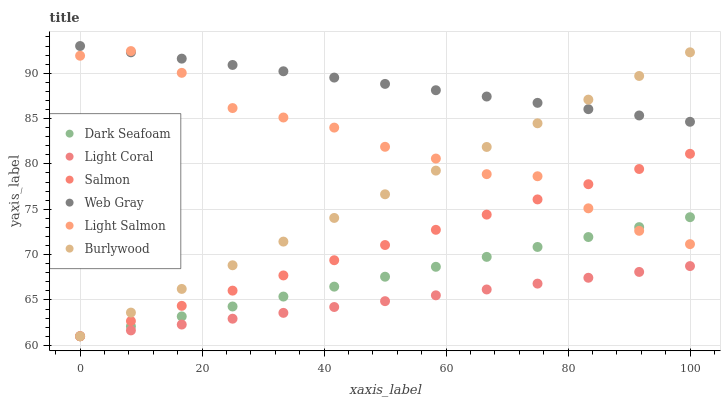
| xaxis_label | Dark Seafoam | Light Coral | Salmon | Web Gray | Light Salmon | Burlywood |
 | --- | --- | --- | --- | --- | --- | --- |
 | 0 | 61 | 61 | 61 | 93 | 91.9 | 61 |
 | 8.33 | 62.1 | 61.6 | 62.7 | 92.3 | 92.4 | 63.6 |
 | 16.7 | 63.2 | 62.3 | 64.4 | 91.6 | 90 | 66.2 |
 | 25 | 64.3 | 62.9 | 66 | 90.9 | 86.2 | 68.8 |
 | 33.3 | 65.4 | 63.6 | 67.7 | 90.2 | 85.1 | 71.4 |
 | 41.7 | 66.5 | 64.2 | 69.4 | 89.5 | 84 | 74 |
 | 50 | 67.6 | 64.9 | 71.1 | 88.8 | 81.9 | 76.7 |
 | 58.3 | 68.7 | 65.5 | 72.7 | 88.1 | 80.6 | 79.3 |
 | 66.7 | 69.8 | 66.2 | 74.4 | 87.4 | 78.9 | 81.9 |
 | 75 | 70.8 | 66.8 | 76.1 | 86.7 | 78.6 | 84.5 |
 | 83.3 | 71.9 | 67.4 | 77.8 | 86 | 75.1 | 87.1 |
 | 91.7 | 73 | 68.1 | 79.4 | 85.3 | 72.6 | 89.7 |
 | 100 | 74.1 | 68.7 | 81.1 | 84.6 | 71.2 | 92.3 |